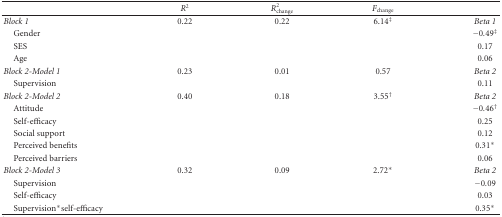
<table><thead><tr><td></td><td><b><i>R</i><sup>2</sup></b></td><td><b><i>R</i><sub>change</sub><sup>2</sup></b></td><td><b><i>F</i><sub>change</sub></b></td><td></td></tr></thead><tbody><tr><td><i>Block 1</i></td><td>0.22</td><td>0.22</td><td>6.14<sup>‡</sup></td><td><i>Beta 1</i></td></tr><tr><td> Gender</td><td></td><td></td><td></td><td> −0.49<sup>‡</sup></td></tr><tr><td> SES</td><td></td><td></td><td></td><td>0.17</td></tr><tr><td> Age</td><td></td><td></td><td></td><td>0.06</td></tr><tr><td><i>Block 2-Model 1</i></td><td>0.23</td><td>0.01</td><td>0.57</td><td><i>Beta 2</i></td></tr><tr><td> Supervision</td><td></td><td></td><td></td><td>0.11</td></tr><tr><td><i>Block 2-Model 2</i></td><td>0.40</td><td>0.18</td><td>3.55<sup>†</sup></td><td><i>Beta 2</i></td></tr><tr><td> Attitude</td><td></td><td></td><td></td><td> −0.46<sup>†</sup></td></tr><tr><td> Self-efficacy</td><td></td><td></td><td></td><td>0.25</td></tr><tr><td> Social support</td><td></td><td></td><td></td><td>0.12</td></tr><tr><td> Perceived benefits</td><td></td><td></td><td></td><td>0.31*</td></tr><tr><td> Perceived barriers</td><td></td><td></td><td></td><td>0.06</td></tr><tr><td><i>Block 2-Model 3</i></td><td>0.32</td><td>0.09</td><td>2.72*</td><td><i>Beta 2</i></td></tr><tr><td> Supervision</td><td></td><td></td><td></td><td> −0.09</td></tr><tr><td> Self-efficacy</td><td></td><td></td><td></td><td>0.03</td></tr><tr><td> Supervision*self-efficacy</td><td></td><td></td><td></td><td>0.35*</td></tr></tbody></table>